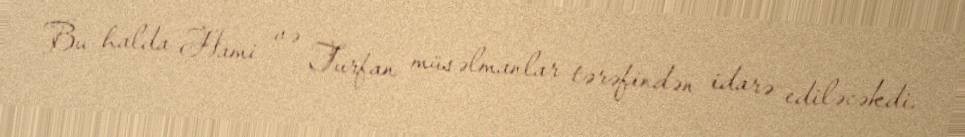
Bu halda Hami və Turfan müsəlmanlar tərəfindən idarə ediləcəkdi.